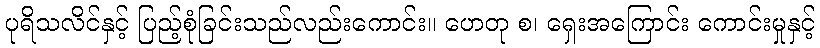
ပုရိသလိင်နှင့် ပြည့်စုံခြင်းသည်လည်းကောင်း။ ဟေတု စ၊ ရှေးအကြောင်း ကောင်းမှုနှင့်